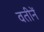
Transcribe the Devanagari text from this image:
वतीनें